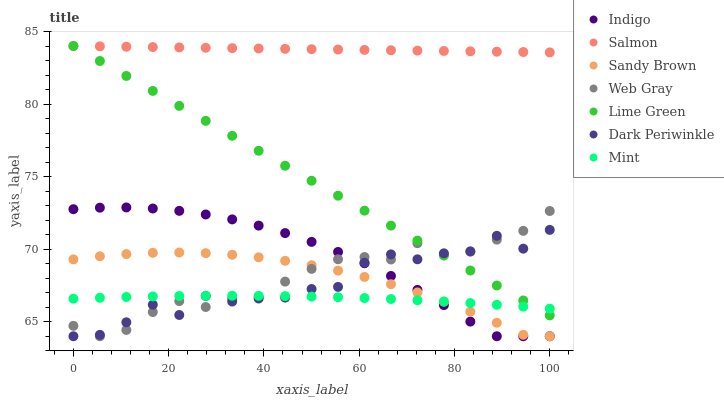
| xaxis_label | Indigo | Salmon | Sandy Brown | Web Gray | Lime Green | Dark Periwinkle | Mint |
 | --- | --- | --- | --- | --- | --- | --- | --- |
 | 0 | 72.8 | 84 | 69.3 | 64.7 | 84 | 64 | 66.6 |
 | 5.56 | 72.9 | 84 | 69.5 | 64 | 83 | 64.1 | 66.7 |
 | 11.1 | 72.9 | 84 | 69.7 | 64.4 | 81.9 | 65 | 66.7 |
 | 16.7 | 72.8 | 83.9 | 69.7 | 65.7 | 80.9 | 66.2 | 66.7 |
 | 22.2 | 72.6 | 83.9 | 69.8 | 66.4 | 79.9 | 65.5 | 66.8 |
 | 27.8 | 72.4 | 83.9 | 69.7 | 66 | 78.8 | 66.8 | 66.8 |
 | 33.3 | 72.1 | 83.9 | 69.6 | 66.6 | 77.8 | 66.4 | 66.8 |
 | 38.9 | 71.6 | 83.8 | 69.4 | 66.7 | 76.8 | 66.6 | 66.8 |
 | 44.4 | 71.1 | 83.8 | 69.2 | 67.8 | 75.7 | 66.7 | 66.8 |
 | 50 | 70.5 | 83.8 | 68.9 | 68.6 | 74.7 | 67.3 | 66.7 |
 | 55.6 | 69.8 | 83.8 | 68.5 | 69.3 | 73.7 | 67.4 | 66.7 |
 | 61.1 | 69 | 83.7 | 68.1 | 69.5 | 72.7 | 69.1 | 66.6 |
 | 66.7 | 68.2 | 83.7 | 67.6 | 69.3 | 71.6 | 69.6 | 66.6 |
 | 72.2 | 67.2 | 83.7 | 67 | 70.4 | 70.6 | 69.3 | 66.5 |
 | 77.8 | 66.1 | 83.7 | 66.4 | 69.6 | 69.6 | 69.7 | 66.4 |
 | 83.3 | 65 | 83.6 | 65.7 | 69.8 | 68.5 | 69.8 | 66.3 |
 | 88.9 | 64 | 83.6 | 64.9 | 70.7 | 67.5 | 70.9 | 66.2 |
 | 94.4 | 64 | 83.6 | 64.1 | 71.3 | 66.5 | 70 | 66 |
 | 100 | 64 | 83.6 | 64 | 72.6 | 65.4 | 71.3 | 65.9 |